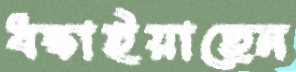
ধস্‌কাইয়াছেন